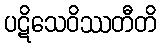
ပဋိသေဝိဿတီတိ